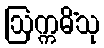
ဩက္ကမိံသု